Cholera in southern India
Disease focus: Cholera
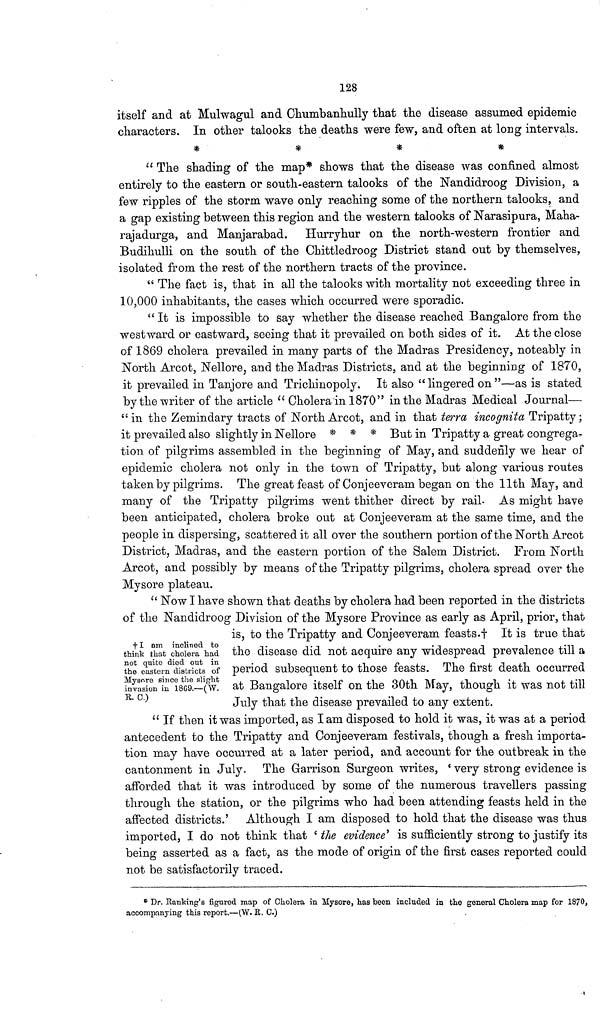
128
itself and at Mulwagul and Chumbanhully that the disease assumed epidemic
characters. In other talooks the deaths were few, and often at long intervals.
*
*
*
*
" The shading of the map* shows that the disease was confined almost
entirely to the eastern or south-eastern talooks of the Nandidroog Division, a
few ripples of the storm wave only reaching some of the northern talooks, and
a gap existing between this region and the western talooks of Narasipura, Maha-
rajadurga, and Manjarabad. Hurryhur on the north-western frontier and
Budihulli on the south of the Chittledroog District stand out by themselves,
isolated from the rest of the northern tracts of the province.
" The fact is, that in all the talooks with mortality not exceeding three m
10,000 inhabitants, the cases which occurred were sporadic.
" It is impossible to say whether the disease reached Bangalore from the
westward or eastward, seeing that it prevailed on both sides of it. At the close
of 1869 cholera prevailed in many parts of the Madras Presidency, noteably in
North Arcot, Nellore, and the Madras Districts, and at the beginning of 1870,
it prevailed in Tanjore and Trichinopoly. It also " lingered on "—as is stated
by the writer of the article " Cholera in 1870" in the Madras Medical Journal—
"in the Zemindary tracts of North Arcot, and in that terra incognita Tripatty;
it prevailed also slightly in Nellore * * * But in Tripatty a great congrega-
tion of pilgrims assembled in the beginning of May, and suddenly we hear of
epidemic cholera not only in the town of Tripatty, but along various routes
taken by pilgrims. The great feast of Conjeeveram began on the 11th May, and
many of the Tripatty pilgrims went thither direct by rail. As might have
been anticipated, cholera broke out at Conjeeveram at the same time, and the
people in dispersing, scattered it all over the southern portion of the North Arcot
District, Madras, and the eastern portion of the Salem District. From North
Arcot, and possibly by means of the Tripatty pilgrims, cholera spread over the
Mysore plateau.
† I am inclined to
think that cholera had
Dot quite died out in
the eastern districts of
Mysore since the slight
invasion in 1869.—(W.
E. C.)
" Now I have shown that deaths by cholera had been reported in the districts
of the Nandidroog Division of the Mysore Province as early as April, prior, that
is, to the Tripatty and Conjeeveram feasts.† It is true that
the disease did not acquire any widespread prevalence till a
period subsequent to those feasts. The first death occurred
at Bangalore itself on the 30th May, though it was not till
July that the disease prevailed to any extent.
" If then it was imported, as I am disposed to hold it was, it was at a period
antecedent to the Tripatty and Conjeeveram festivals, though a fresh importa-
tion may have occurred at a later period, and account for the outbreak in the
cantonment in July. The Garrison Surgeon writes, ' very strong evidence is
afforded that it was introduced by some of the numerous travellers passing
through the station, or the pilgrims who had been attending feasts held in the
affected districts.' Although. I am disposed to hold that the disease was thus
imported, I do not think that ' the evidence' is sufficiently strong to justify its
being asserted as a fact, as the mode of origin of the first cases reported could
not be satisfactorily traced.
* Dr. Banking's figured map of Cholera in Mysore, has been included in the general Cholera map for 1870,
accompanying this report.—(,W. B». C.)